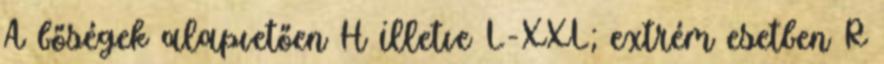
A bőségek alapvetően H illetve L-XXL; extrém esetben R